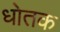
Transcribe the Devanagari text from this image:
धोतक